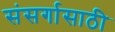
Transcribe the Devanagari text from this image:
संसर्गासाठी